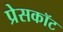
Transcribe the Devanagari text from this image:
प्रेसकॉट